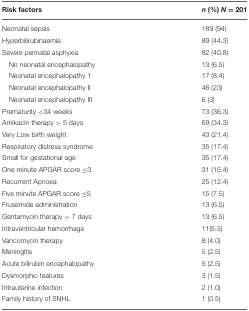
<table><thead><tr><td><b>Risk factors</b></td><td><b><i>n</i> (%) <i>N</i> = 201</b></td></tr></thead><tbody><tr><td>Neonatal sepsis</td><td>189 (94)</td></tr><tr><td>Hyperbilirubinaemia</td><td>89 (44.3)</td></tr><tr><td>Severe perinatal asphyxia</td><td>82 (40.8)</td></tr><tr><td>No neonatal encephalopathy</td><td>13 (6.5)</td></tr><tr><td>Neonatal encephalopathy 1</td><td>17 (8.4)</td></tr><tr><td>Neonatal encephalopathy II</td><td>46 (23)</td></tr><tr><td>Neonatal encephalopathy III</td><td>6 (3)</td></tr><tr><td>Prematurity &lt; 34 weeks</td><td>73 (36.3)</td></tr><tr><td>Amikacin therapy &gt; 5 days</td><td>69 (34.3)</td></tr><tr><td>Very Low birth weight</td><td>43 (21.4)</td></tr><tr><td>Respiratory distress syndrome</td><td>35 (17.4)</td></tr><tr><td>Small for gestational age</td><td>35 (17.4)</td></tr><tr><td>One minute APGAR score ≤ 3</td><td>31 (15.4)</td></tr><tr><td>Recurrent Apnoea</td><td>25 (12.4)</td></tr><tr><td>Five minute APGAR score ≤ 5</td><td>15 (7.5)</td></tr><tr><td>Frusemide administration</td><td>13 (6.5)</td></tr><tr><td>Gentamycin therapy &gt; 7 days</td><td>13 (6.5)</td></tr><tr><td>Intraventricular hemorrhage</td><td>11(5.5)</td></tr><tr><td>Vancomycin therapy</td><td>8 (4.0)</td></tr><tr><td>Meningitis</td><td>5 (2.5)</td></tr><tr><td>Acute bilirubin encephalopathy</td><td>5 (2.5)</td></tr><tr><td>Dysmorphic features</td><td>3 (1.5)</td></tr><tr><td>Intrauterine infection</td><td>2 (1.0)</td></tr><tr><td>Family history of SNHL</td><td>1 (0.5)</td></tr></tbody></table>